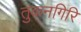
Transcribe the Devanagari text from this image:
तुकनगिरि